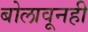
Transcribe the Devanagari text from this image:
बोलावूनही